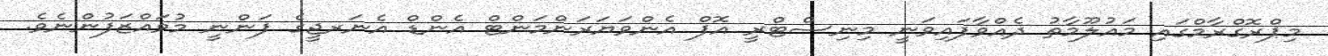
މިޕްރޮގްރާމްގައި މައުލޫމާތު ދެއްވާފައިވަނީ މިނިސްޓްރީ އޮފް އެންވަޔަރަންމަންޓް އެންޑް އެނަރޖީގެ ފަންނީ މުވައްޒަފުންނެވެ.